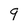
Character: 9